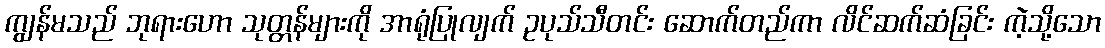
ကျွန်မသည် ဘုရားဟော သုတ္တန်များကို အာရုံပြုလျက် ဥပုသ်သီတင်း ဆောက်တည်ကာ လိင်ဆက်ဆံခြင်း ကဲ့သို့သော